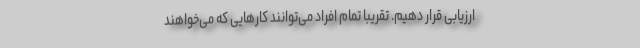
ارزیابی قرار دهیم. تقریباً تمام افراد می‌توانند کارهایی که می‌خواهند